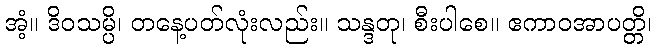
အံ့။ ဒိဝသမ္ပိ၊ တနေ့ပတ်လုံးလည်း။ သန္ဒတု၊ စီးပါစေ။ ဧကာဝအာပတ္တိ၊